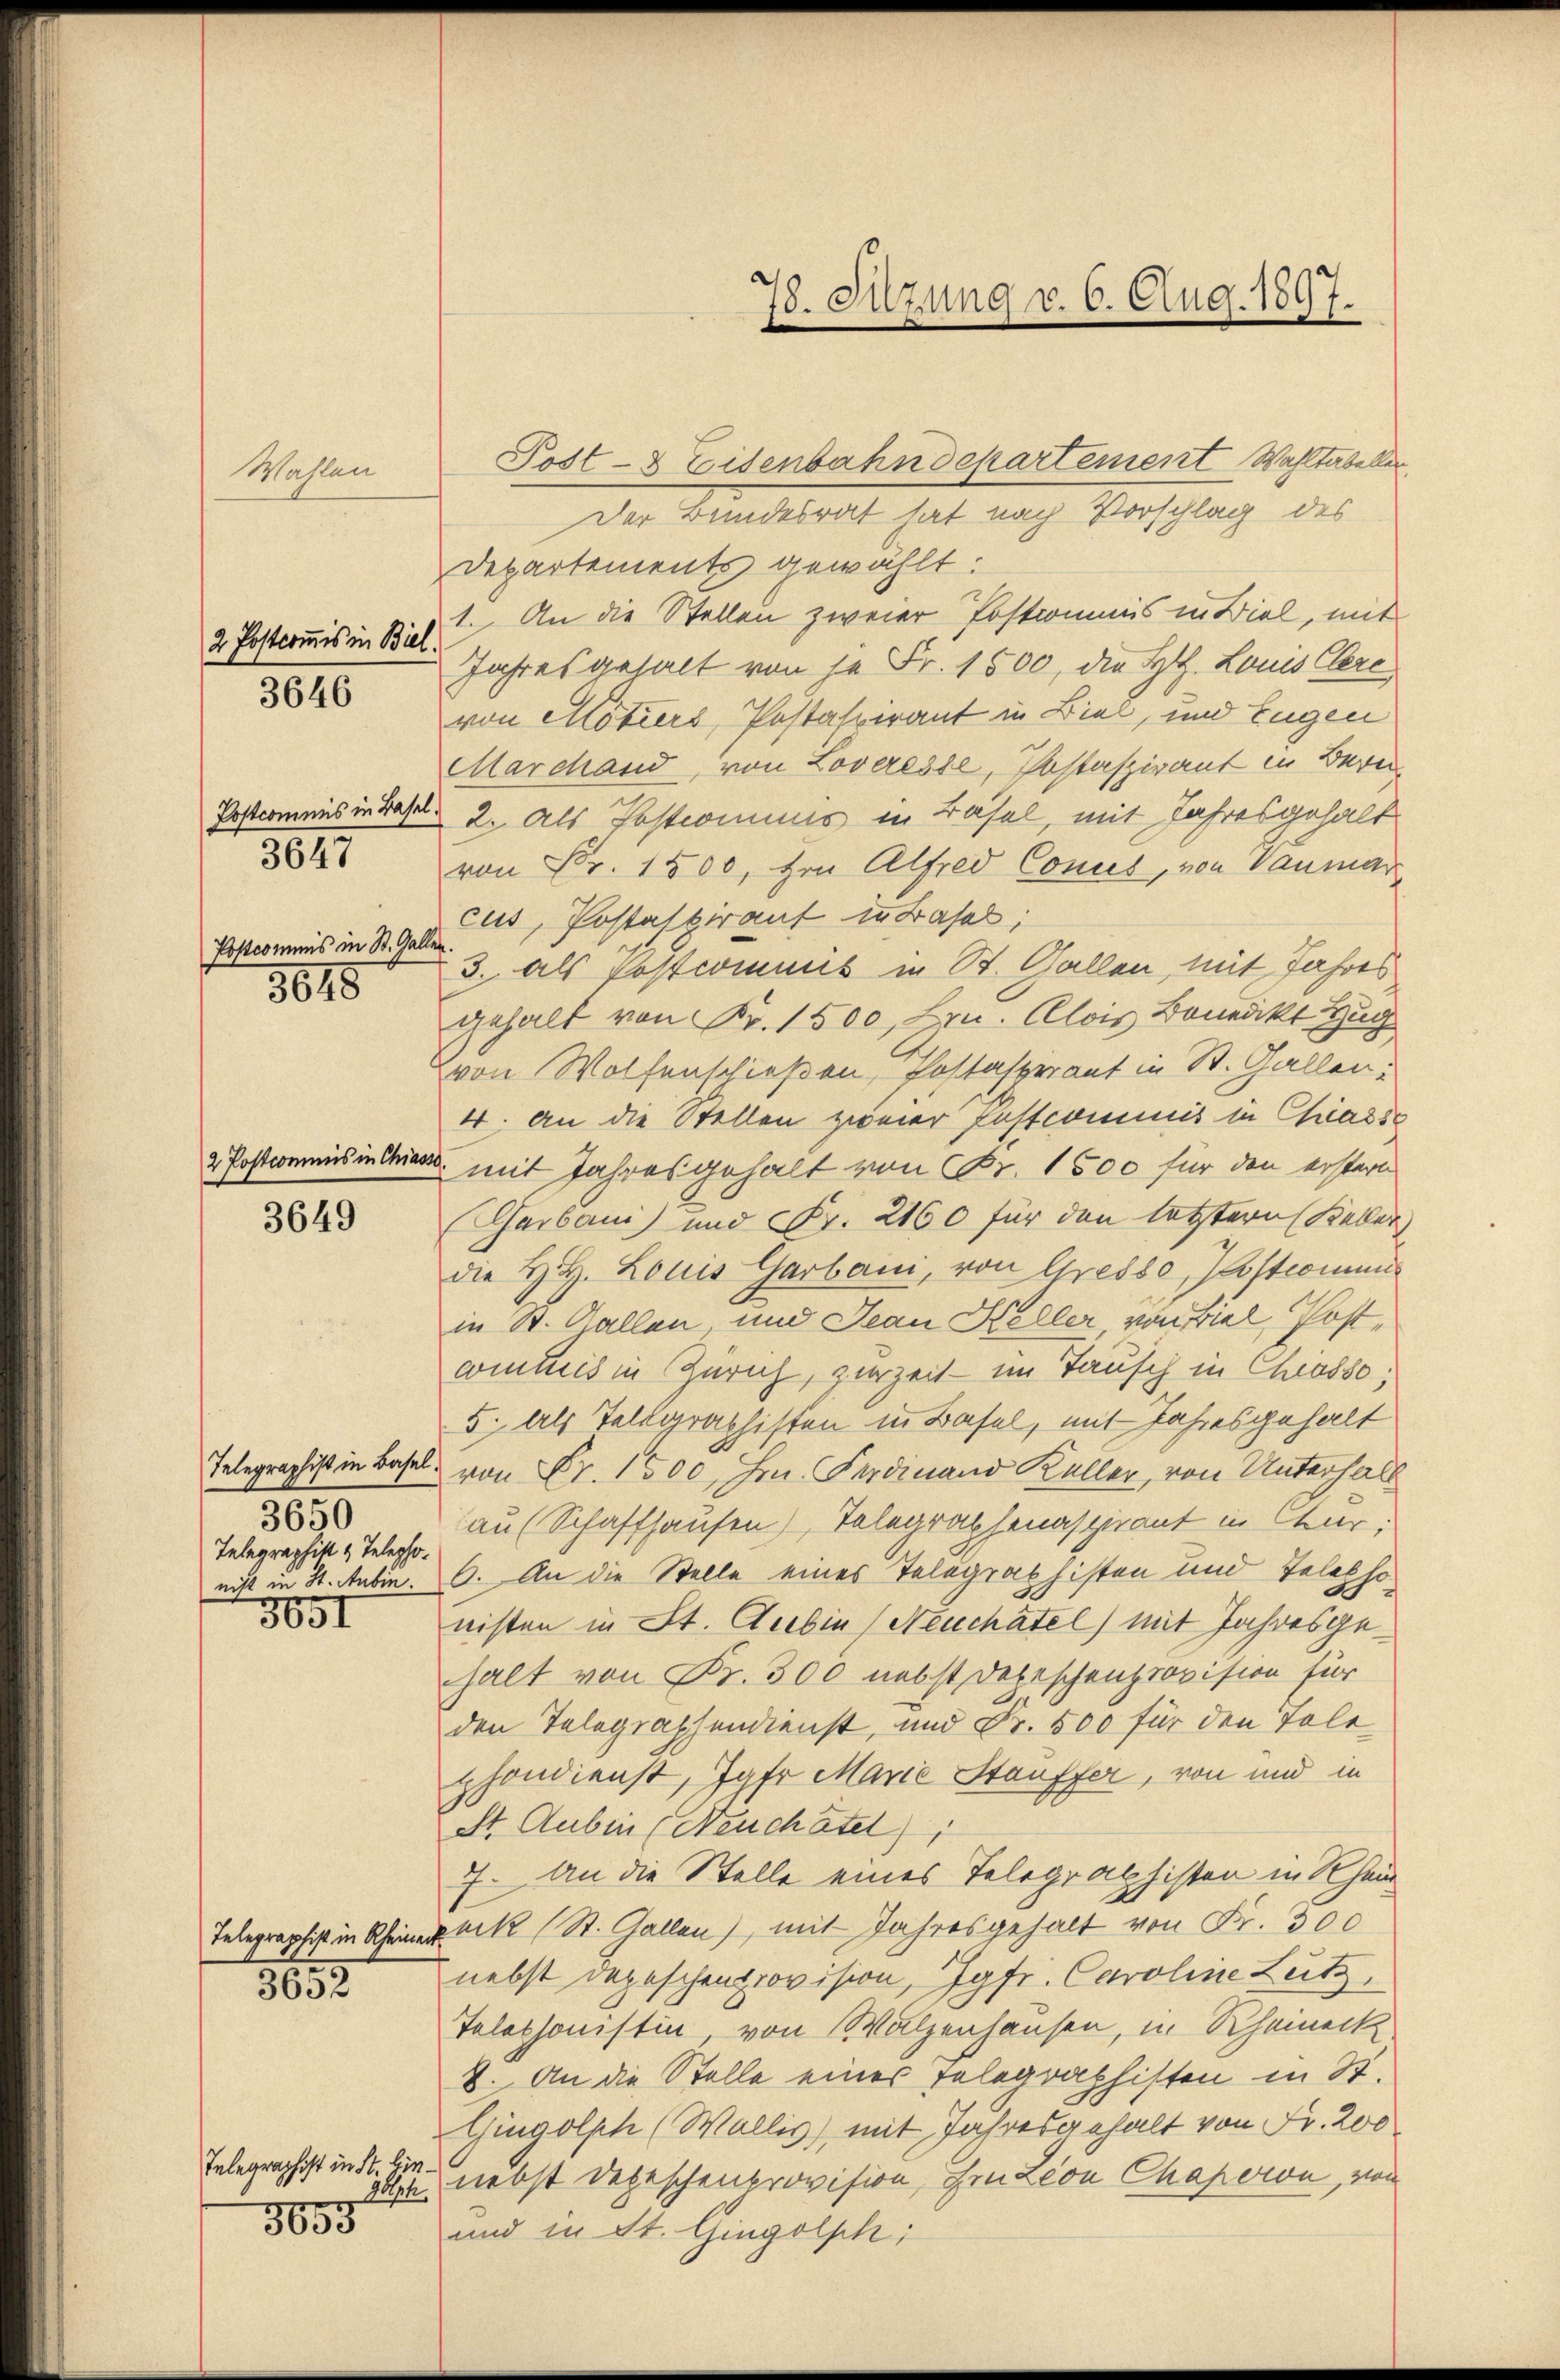
Wahlen

2 Postcommis in Biel.

3646

Postcommis in Basel
3647

Postcommis in St. Ga
3615

2 Postcommis in Chias.

3649

3650
Telegraphist & Telepho

3651

3652

Telegraphist in St. Ein
181
3655

78. Szung v. 6. Aug. 1897
d

Post- & Eisenbahndepartement Wahltabellen.
Der Bundesrat hat nach Vorschlag des
Departements gewählt:
1. An die Stellen zweier Postcommis in Biel, mit
Jahres gehalt von je Fr. 1500, die St. Louis Cere
von Motiers, Postaspirant in Biel, und Eugen
Marchand, von Loveresse, Postaspirant in Bern
 2. Als Postcommus in Basel, mit Jahresgehalt
von Fr. 1500, von Alfred Conces, von Vaumar
cus, Postaspirant in Basel;
.
3. als Postcommis in St. Gallen, mit Jahres
gehalt von Fr. 1500, Hrn. Alois Bonedikt Hug
von Wolfenschießen, Postasperant in St. Gallen:
4. An die Stellen zweier Postcommis in Chiasso
u. mit Jahresgehalt von Fr. 1500 für den erstern
Garbani) und Fr. 2160 für den letztern Keller
die H. H. Louis Garbani, von Gresso, Postcommis
in St. Gallen, und Jean Heller, von Biel, Postwindis in Zürich, zurZeit - im Tausch in Chiasso,
5. Als Telegraphisten in Basel, mit Jahresgehalt
Telegraphist in Basel von Fr. 1500, Hrn. Ferdinand Keller, von Unterhalb
au (Schaffhausen), Telegraphenaspirant in Chur,
nicht in St. Aubin. O. An die Stelle eines Telegraphisten und Telephonisten in St. Aubin (Neuchatel) mit Jahresgehalt von Fr. 300 nebst Depeschenprovision für
den Telegraphendienst, und Fr. 500 für den Tole
phondienst, Jgfr. Marie Stauffer, von und in
St. Aubin (Neuchatel)
7. An die Stelle eines Telegraphisten in Rhein
Telegraphist in Rheiner Lek (St. Gallen), mit Jahresgehalt von Fr. 300
nebst depeschenprovision, Jgfr. Caroline Zutz
Telephonistin von Walzenhausen, in Rheineck.
8. An die Stelle eines Telegraphisten in St.
Gingolph (Wallis) mit Jahresgehalt von Fr. 200
nebst Depeschenprovision, Einzion Chaporon, von
und in St. Gingolphi